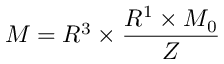
{ \cal M } = R ^ { 3 } \times { \frac { R ^ { 1 } \times { \cal M } _ { 0 } } { Z } }